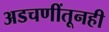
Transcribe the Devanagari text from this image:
अडचणींतूनही